Indian journal of veterinary science and animal husbandry - Volume 14,
Year: 1944
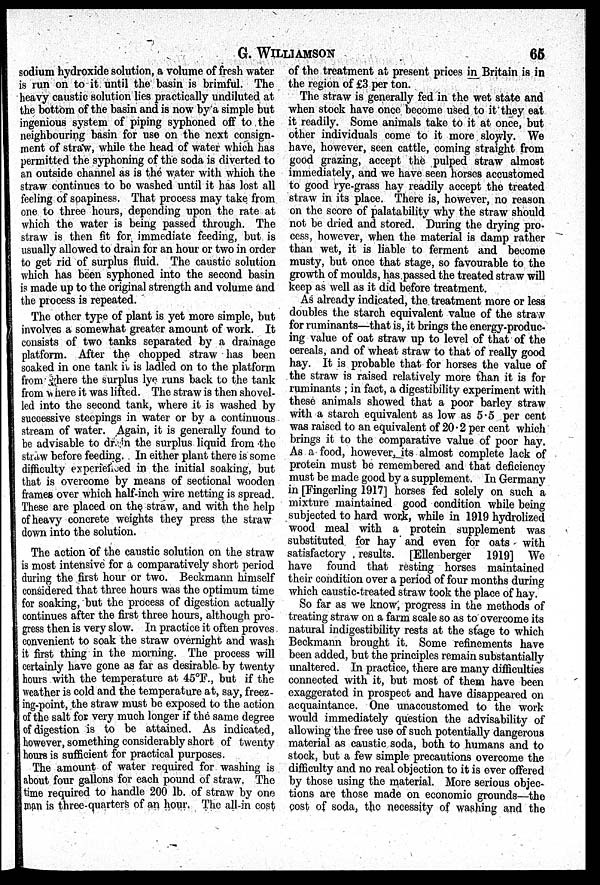
G.
WILLIAMSON
65
sodium hydroxide solution, a volume of fresh water
is run on to it until the basin is brimful. The
heavy caustic solution lies practically undiluted at
the bottom of the basin and is now by a simple but
ingenious system of piping syphoned off to the
neighbouring basin for use on the next consign-
ment of straw, while the head of water which has
permitted the syphoning of the soda is diverted to
an outside channel as is the water with which the
straw continues to bo washed until it has lost all
feeling of soapiness. That process may take from
one to three hours, depending upon the rate at
which the water is being passed through. The
straw is then fit for immediate feeding, but is
usually allowed to drain for an hour or two in order
to get rid of surplus fluid. The caustic solution
which has been syphoned into the second basin
is made up to the original strength and volume and
the process is repeated.
The other type of plant is yet more simple, but
involves a somewhat greater amount of work. It
consists of two tanks separated by a drainage
platform. After the chopped straw has been
soaked in one tank it is ladled on to the platform
from where the surplus lye runs back to the tank
from where it was lifted. The straw is then shovel-
led into the second tank, where it is washed by
successive steepings in water or by a continuous
stream of water. Again, it is generally found to
be advisable to drain the surplus liquid from the
straw before feeding. In either plant there is some
difficulty experienced in the initial soaking, but
that is overcome by means of sectional wooden
frames over which half-inch wire netting is spread.
These are placed on the straw, and with the help
of heavy concrete weights they press the straw
down into the solution.
The action of the caustic solution on the straw
is most intensive for a comparatively short period
during the first hour or two. Beckmann himself
considered that three hours was the optimum time
for soaking, but the process of digestion actually
continues after the first three hours, although pro-
gress then is very slow. In practice it often proves
convenient to soak the straw overnight and wash
it first thing in the morning. The process will
certainly have gone as far as desirable by twenty
hours with the temperature at 45°F., but if the
weather is cold and the temperature at, say, freez-
ing-point, the straw must be exposed to the action
of the salt for very much longer if the same degree
of digestion is to be attained. As indicated,
however, something considerably short of twenty
hours is sufficient for practical purposes.
The amount of water required for washing is
about four gallons for each pound of straw. The
time required to handle 200 lb. of straw by one
man is three-quarters of an hour. The all-in cost
of the treatment at present prices in Britain is in
the region of £3 per ton.
The straw is generally fed in the wet state and
when stock have once become used to it they eat
it readily. Some animals take to it at once, but
other individuals come to it more slowly. We
have, however, seen cattle, coming straight from
good grazing, accept the pulped straw almost
immediately, and we have seen horses accustomed
to good rye-grass hay readily accept the treated
straw in its place. There is, however, no reason
on the score of palatability why the straw should
not be dried and stored. During the drying pro-
cess, however, when the material is damp rather
than wet, it is liable to ferment and become
musty, but once that stage, so favourable to the
growth of moulds, has passed the treated straw will
keep as well as it did before treatment.
As already indicated, the treatment more or less
doubles the starch equivalent value of the straw
for ruminants—that is, it brings the energy-produc-
ing value of oat straw up to level of that of the
cereals, and of wheat straw to that of really good
hay. It is probable that for horses the value of
the straw is raised relatively more than it is for
ruminants ; in fact, a digestibility experiment with
these animals showed that a poor barley straw
with a starch equivalent as low as 5.5 per cent
was raised to an equivalent of 20.2 per cent which
brings it to the comparative value of poor hay.
As a food, however, its almost complete lack of
protein must be remembered and that deficiency
must be made good by a supplement. In Germany
in [Fingerling 1917] horses fed solely on such a
mixture maintained good condition while being
subjected to hard work, while in 1919 hydrolized
wood meal with a protein supplement was
substituted for hay and even for oats with
satisfactory results. [Ellenberger 1919] We
have found that resting horses maintained
their condition over a period of four months during
which caustic-treated straw took the place of hay.
So far as we know, progress in the methods of
treating straw on a farm scale so as to overcome its
natural indigestibility rests at the stage to which
Beckmann brought it. Some refinements have
been added, but the principles remain substantially
unaltered. In practice, there are many difficulties
connected with it, but most of them have been
exaggerated in prospect and have disappeared on
acquaintance. One unaccustomed to the work
would immediately question the advisability of
allowing the free use of such potentially dangerous
material as caustic soda, both to humans and to
stock, but a few simple precautions overcome the
difficulty and no real objection to it is ever offered
by those using the material. More serious objec-
tions are those made on economic grounds—the
cost of soda, the necessity of washing and the